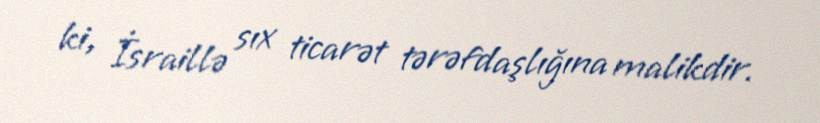
ki, İsraillə sıx ticarət tərəfdaşlığına malikdir.